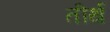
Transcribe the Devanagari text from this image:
तीर्थ